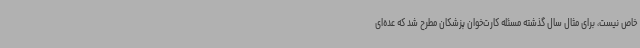
خاص نیست، برای مثال سال گذشته مسئله کارت‌خوان پزشکان مطرح شد که عده‌ای